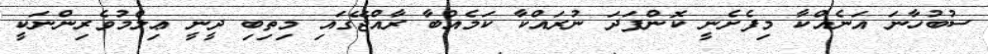
ސުބުހާނަ އަނެއްކާ މިފެށެނީ ކޮންފަދަ ނުރައްކާ ކަމެއްބާ ރާއްޖޭގައި މިތިބި ދީނީ ޢިލްމުވެރިންނަކީ